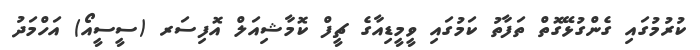
ކުރުމުގައި ގެންގުޅޭގޮތް ތަފާތު ކަމުގައި ވީމީޑިއާގެ ޗީފް ކޮމާޝިއަލް އޮފިސަރ (ސީސީއޯ) އަހްމަދު